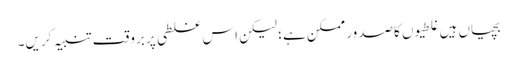
بچیاں ہیں غلطیوں کاصدور ممکن ہے؛ لیکن اس غلطی پر بروقت تنبیہ کریں۔